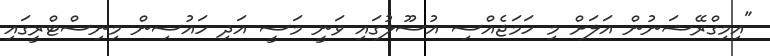
"އިމިގްރޭޝަނުން އަލަށް މި ހަމަޖެއްސި އުސޫލުގައި ވަނީ މަސީ އަދި ހައުސިން މިނިސްޓްރީގައި